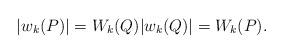
LaTeX: \begin{align*} |w_k(P)|=W_k(Q) |w_k(Q)|=W_k(P). \end{align*}